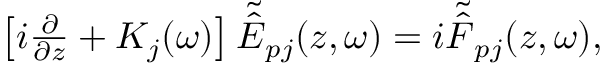
\begin{array} { r } { \left[ i \frac { \partial } { \partial z } + K _ { j } ( \omega ) \right] { \tilde { \hat { E } } } _ { p j } ( z , \omega ) = i { \tilde { \hat { { \cal F } } } } _ { p j } ( z , \omega ) , } \end{array}